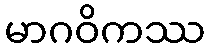
မာဂဝိကဿ